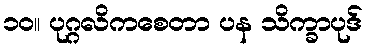
၁၀။ ပုဂ္ဂလိကစေတာ ပန သိက္ခာပုဒ်